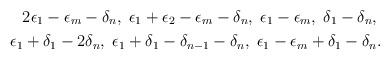
LaTeX: \begin{align*} 2 \epsilon_1-\epsilon_m-\delta_n,\; \epsilon_1+\epsilon_2-\epsilon_m-\delta_n,\; \epsilon_1-\epsilon_m,\; \delta_1-\delta_n,\; \\ \epsilon_1+\delta_1-2\delta_n,\; \epsilon_1+\delta_1-\delta_{n-1}-\delta_n,\; \epsilon_1-\epsilon_m+ \delta_1- \delta_n.\end{align*}